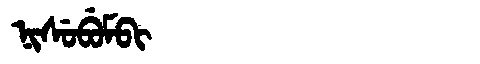
Manchu: ᠨᡳᠰᡠᠪᡠᠮᠪᡳ
Romanization: NISUBUMBI